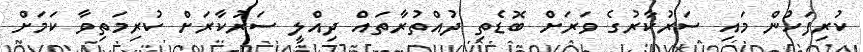
ކުރިފަހުން މައި ސަރުކާރުގެ ވަރަށް ބޮޑެތި ދުއްތުރާތައް ދިއްލީ ސަރުކާރަށް ކުރިމަތިވާ ކަމަށް